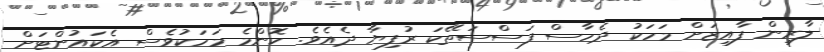
ލާރިން ފާއިޒަށް މަހަކު ދެހާސް ފަސްސަތޭކަ ރުފިޔާ ދެއެވެ. ކޮންމެ މަހަކުވެސް އެކައުންޓަށް